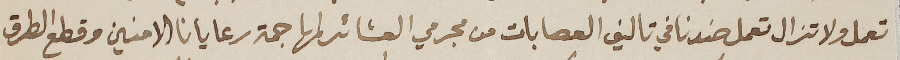
تعمل ولا تزال تعمل ضدنا في تاليف العصابات من مجرمي العشائر لمهاجمة رعايانا الامنين وقطع الطرق